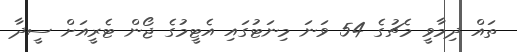
ތައް ދިމާވީ މެޗުގެ 54 ވަނަ މިނަޓުގައި އެޓީމުގެ ޖޯން ޓެރީއަށް ސީދާ